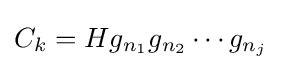
C_{k}=Hg_{n_{1}}g_{n_{2}}\cdots g_{n_{j}}